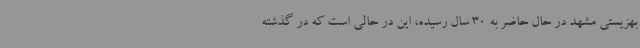
بهزیستی مشهد در حال حاضر به 30 سال رسیده، این در حالی است که در گذشته